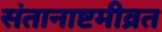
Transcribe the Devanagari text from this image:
संतानाष्टमीव्रत